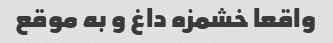
واقعا خشمزه داغ و به موقع